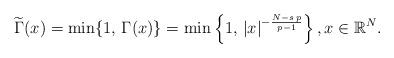
LaTeX: \begin{align*}\widetilde \Gamma(x)=\min\{1,\,\Gamma(x)\}=\min\left\{1,\, |x|^{-\frac{N-s\,p}{p-1}}\right\},x\in\mathbb{R}^N.\end{align*}